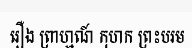
រឿង ព្រាហ្មណ៍ កុហក ព្រះបរម